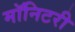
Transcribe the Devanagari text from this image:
मॉनिटरी